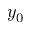
y _ { 0 }